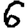
Digit: 6